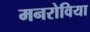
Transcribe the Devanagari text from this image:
मनरोविया